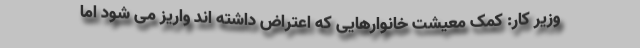
وزیر کار: کمک معیشت خانوارهایی که اعتراض داشته اند واریز می شود اما